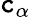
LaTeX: \mathtt{c}_{\alpha}